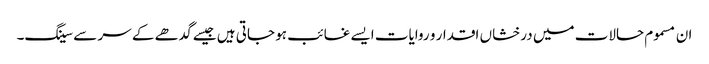
ان مسموم حالات میں درخشاں اقدار و روایات ایسے غائب ہو جاتی ہیں جیسے گدھے کے سر سے سینگ۔